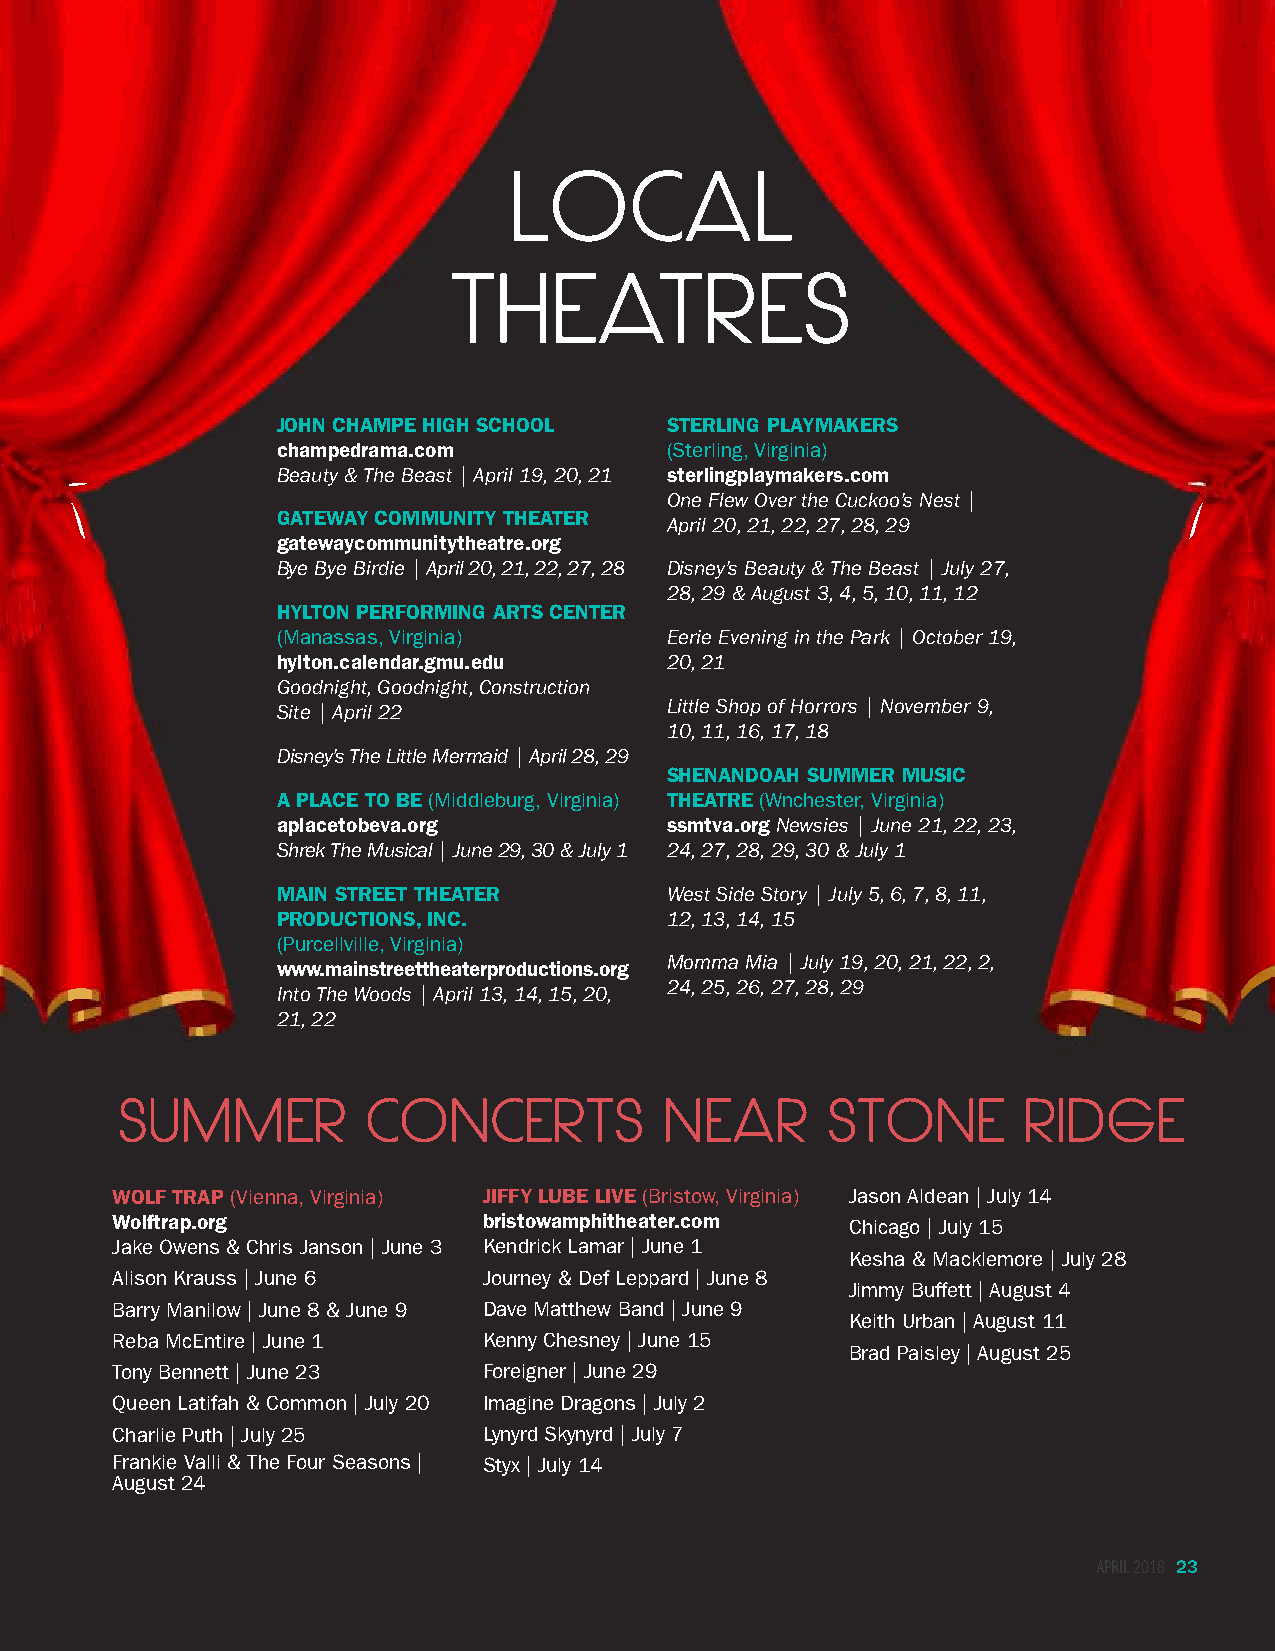
LOCAL
 THEATRES
 JOHN CHAMPE HIGH SCHOOL   STERLING PLAYMAKERS
 champedrama.com           (Sterling, Virginia)
 Beauty & The Beast | April 19, 20, 21 sterlingplaymakers.com
 One Flew Over the Cuckoo’s Nest |
 GATEWAY COMMUNITY THEATER April 20, 21, 22, 27, 28, 29
 gatewaycommunitytheatre.org
 Bye Bye Birdie | April 20, 21, 22, 27, 28 Disney’s Beauty & The Beast | July 27,
 28, 29 & August 3, 4, 5, 10, 11, 12
 HYLTON PERFORMING ARTS CENTER
 (Manassas, Virginia)      Eerie Evening in the Park | October 19,
 hylton.calendar.gmu.edu   20, 21
 Goodnight, Goodnight, Construction
 Site | April 22           Little Shop of Horrors | November 9,
 10, 11, 16, 17, 18
 Disney’s The Little Mermaid | April 28, 29
 SHENANDOAH SUMMER MUSIC
 A PLACE TO BE (Middleburg, Virginia) THEATRE (Wnchester, Virginia)
 aplacetobeva.org          ssmtva.org Newsies | June 21, 22, 23,
 Shrek The Musical | June 29, 30 & July 1 24, 27, 28, 29, 30 & July 1
 MAIN STREET THEATER       West Side Story | July 5, 6, 7, 8, 11,
 PRODUCTIONS, INC.         12, 13, 14, 15
 (Purcellville, Virginia)
 www.mainstreettheaterproductions.org Momma Mia | July 19, 20, 21, 22, 2,
 Into The Woods | April 13, 14, 15, 20, 24, 25, 26, 27, 28, 29
 21, 22
 SUMMER          CONCERTS            NEAR       STONE        RIDGE
 WOLF TRAP (Vienna, Virginia) JIFFY LUBE LIVE (Bristow, Virginia) Jason Aldean | July 14
 Wolftrap.org             bristowamphitheater.com Chicago | July 15
 Jake Owens & Chris Janson | June 3 Kendrick Lamar | June 1
 Kesha & Macklemore | July 28
 Alison Krauss | June 6   Journey & Def Leppard | June 8
 Jimmy Buffett | August 4
 Barry Manilow | June 8 & June 9 Dave Matthew Band | June 9
 Keith Urban | August 11
 Reba McEntire | June 1   Kenny Chesney | June 15
 Brad Paisley | August 25
 Tony Bennett | June 23   Foreigner | June 29
 Queen Latifah & Common | July 20 Imagine Dragons | July 2
 Charlie Puth | July 25   Lynyrd Skynyrd | July 7
 Frankie Valli & The Four Seasons | Styx | July 14
 August 24
 APRIL 2018 23